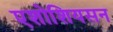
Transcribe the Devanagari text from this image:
एशोशियसन